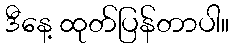
ဒီနေ့ ထုတ်ပြန်တာပါ။